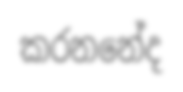
කරනනේද